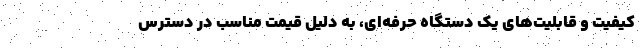
کیفیت و قابلیت‌های یک دستگاه حرفه‌ای، به دلیل قیمت مناسب در دسترس